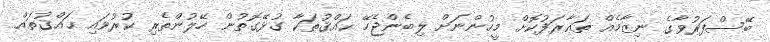
ބޭސްފަރުވާގެ ނިޒާމެއް ތަޢާރަފުކޮށް މީހުންނަށް ލިބެންޖެހޭ ޙައްޤުތަކާ ގުޅޭގޮތުން ހޭލުންތެރި ކުރުވައި ޙައްޤުތައް